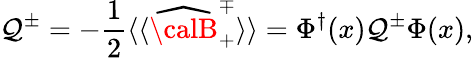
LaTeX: {\cal\mathcal{Q}}^{\pm}=-\frac{{1}}{{2}}\langle\langle\widehat{{\calB}}_{+}^{\mp}\rangle\rangle=\Phi^{\dagger}(x)\mathcal{Q}^{\pm}\Phi(x),